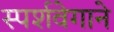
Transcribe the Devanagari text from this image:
स्पर्शवेगाने